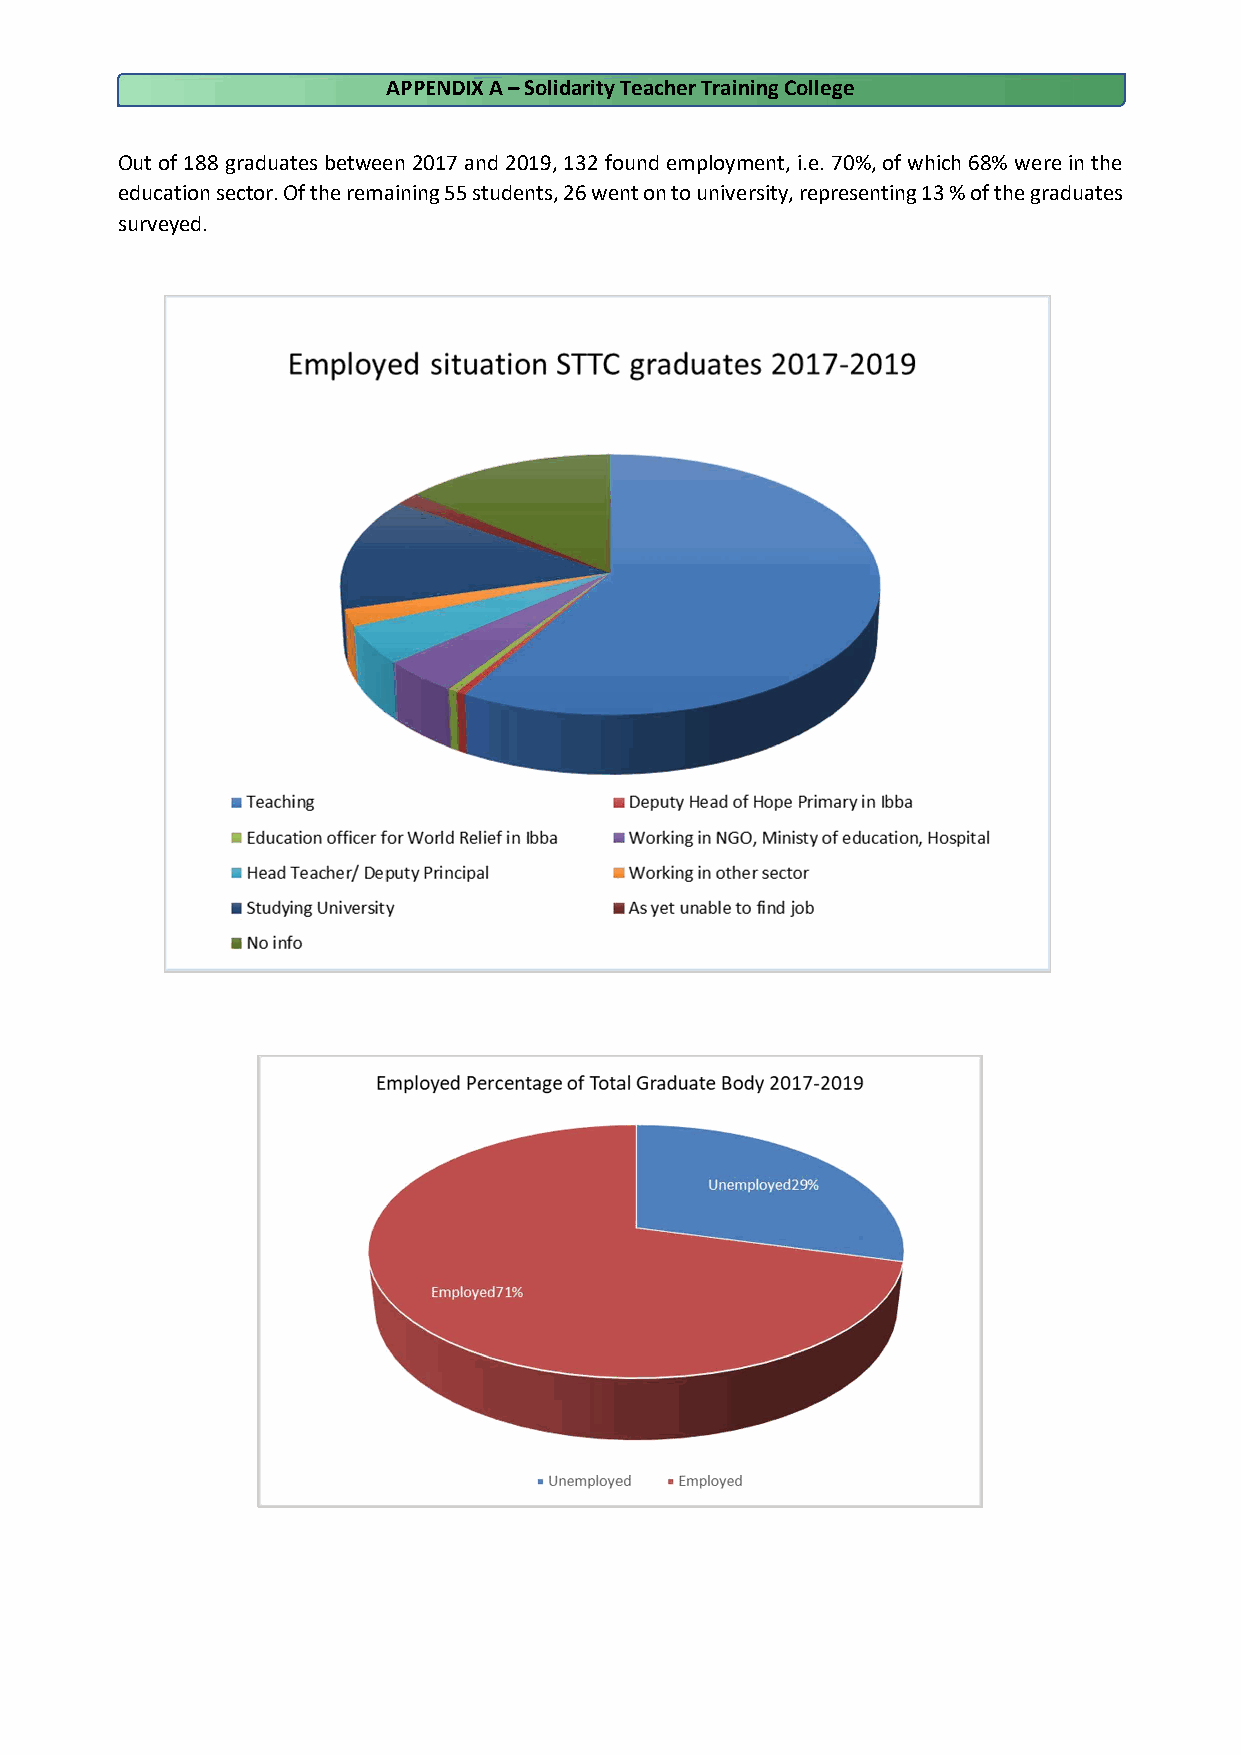
APPENDIX A – Solidarity Teacher Training College
 Out of 188 graduates between 2017 and 2019, 132 found employment, i.e. 70%, of which 68% were in the
 education sector. Of the remaining 55 students, 26 went on to university, representing 13 % of the graduates
 surveyed.